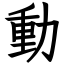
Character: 動